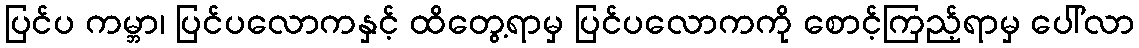
ပြင်ပ ကမ္ဘာ၊ ပြင်ပလောကနှင့် ထိတွေ့ရာမှ ပြင်ပလောကကို စောင့်ကြည့်ရာမှ ပေါ်လာ